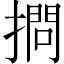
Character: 𢴌